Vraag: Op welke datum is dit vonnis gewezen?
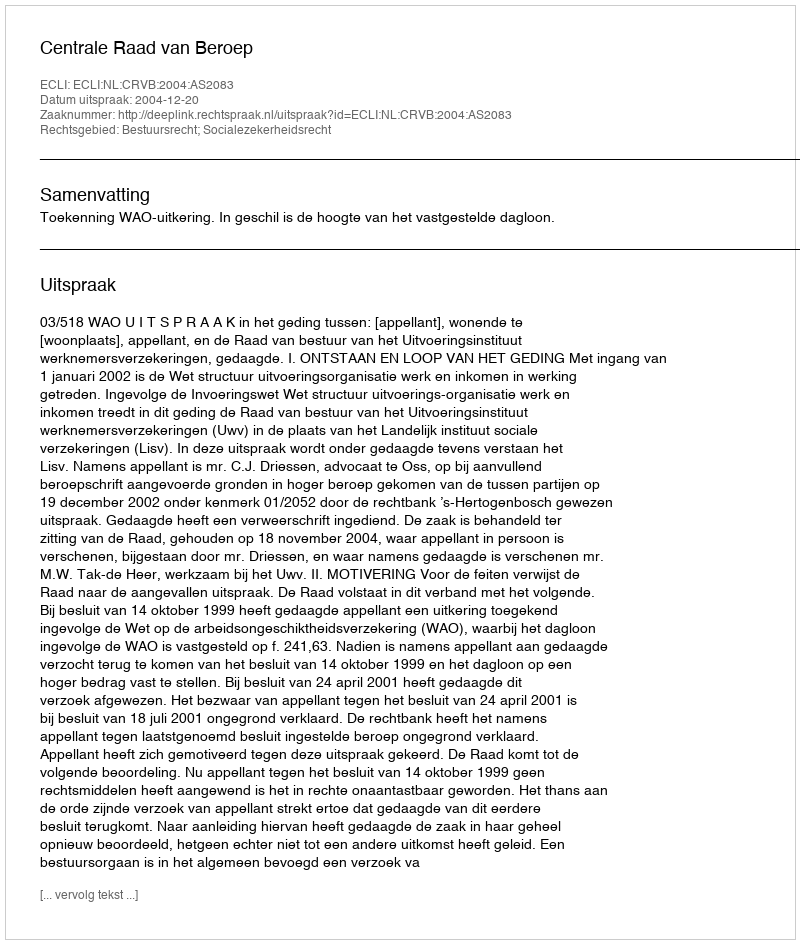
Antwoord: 2004-12-20